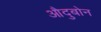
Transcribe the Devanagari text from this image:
औदुबोन